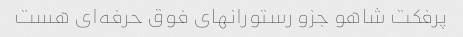
پرفکت شاهو جزو رستورانهای فوق حرفه‌ای هست